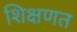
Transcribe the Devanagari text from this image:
शिक्षणत